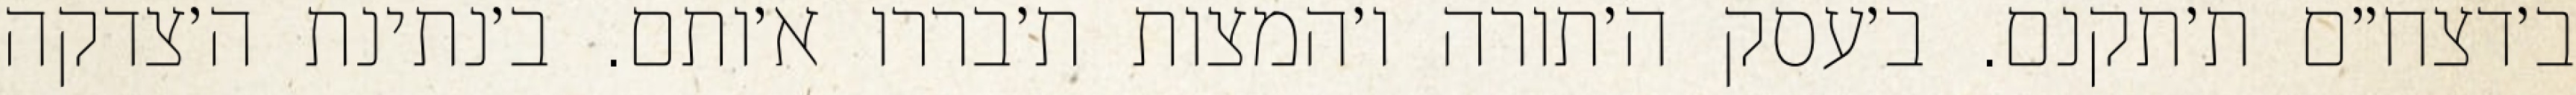
ב׳דצח״ם ת׳תקנם. ב׳עסק ה׳תורה ו׳המצות ת׳בררו א׳ותם. ב׳נתינת ה׳צדקה